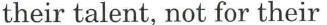
their talent, not for their